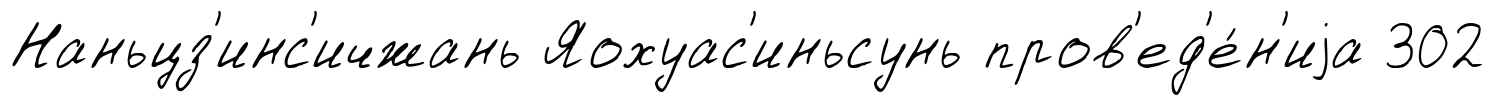
Наньцз'инс'ичжань Яохуас'иньсунь пров'ед'е́н'иjа 302